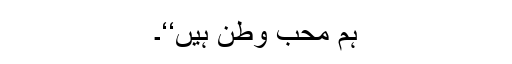
ہم محب وطن ہیں‘‘۔